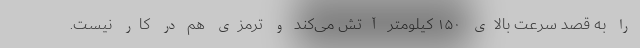
را به قصد سرعت بالای ۱۵۰ کیلومتر آتش می‌کند و ترمزی هم در کار نیست.